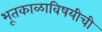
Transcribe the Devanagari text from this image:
भूतकाळाविषयीची